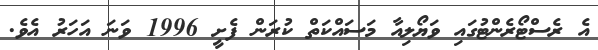
އެ ރެސްޓޯރެންޓުގައި ވަޔޯލިއާ މަސައްކަތް ކުރަން ފެށީ 1996 ވަނަ އަހަރު އެވެ.